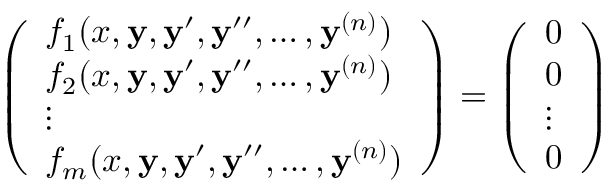
{ \left( \begin{array} { l } { f _ { 1 } ( x , \mathbf { y } , \mathbf { y } ^ { \prime } , \mathbf { y } ^ { \prime \prime } , \ldots , \mathbf { y } ^ { ( n ) } ) } \\ { f _ { 2 } ( x , \mathbf { y } , \mathbf { y } ^ { \prime } , \mathbf { y } ^ { \prime \prime } , \ldots , \mathbf { y } ^ { ( n ) } ) } \\ { \vdots } \\ { f _ { m } ( x , \mathbf { y } , \mathbf { y } ^ { \prime } , \mathbf { y } ^ { \prime \prime } , \ldots , \mathbf { y } ^ { ( n ) } ) } \end{array} \right) } = { \left( \begin{array} { l } { 0 } \\ { 0 } \\ { \vdots } \\ { 0 } \end{array} \right) }